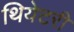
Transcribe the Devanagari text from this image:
थियेटरी